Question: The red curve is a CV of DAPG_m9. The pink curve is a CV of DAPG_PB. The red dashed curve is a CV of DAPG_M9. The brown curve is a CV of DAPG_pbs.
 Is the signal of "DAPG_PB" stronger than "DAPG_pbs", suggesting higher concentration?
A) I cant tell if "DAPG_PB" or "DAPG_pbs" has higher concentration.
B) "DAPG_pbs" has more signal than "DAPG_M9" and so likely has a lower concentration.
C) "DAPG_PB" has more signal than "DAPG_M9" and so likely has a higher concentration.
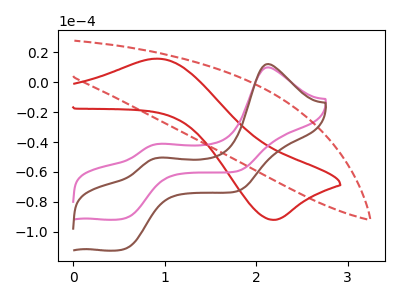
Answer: <think>The red curve "DAPG_m9" has an anodic peak at (0.90V, 15.80uA) and a cathodic peak at (2.20V, -92.05uA). The pink curve "DAPG_PB" has anodic peaks at (2.15V, 9.95uA) (0.95V, -41.25uA) and cathodic peaks at (0.55V, -90.85uA) (1.80V, -59.35uA). The red dashed curve "DAPG_M9" has no peaks. The brown curve "DAPG_pbs" has anodic peaks at (2.15V, 12.20uA) (0.95V, -50.50uA) and cathodic peaks at (0.55V, -111.25uA) (1.80V, -72.65uA).
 All the peaks in "DAPG_PB" have a peak in "DAPG_pbs" at the same potential.</think>
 <answer>A) I cant tell if "DAPG_PB" or "DAPG_pbs" has higher concentration.</answer>
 <eval>A</eval>